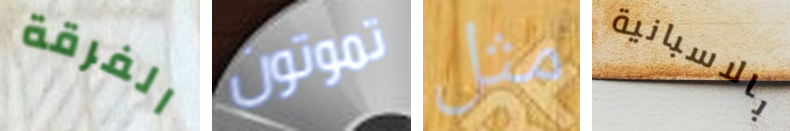
الفرقة تموتون مثل بالاسبانية